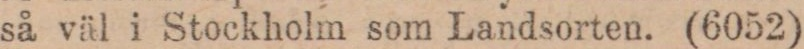
så väl i Stockholm som Landsorten. (6052)